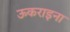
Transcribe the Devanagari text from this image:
ऊकराइना